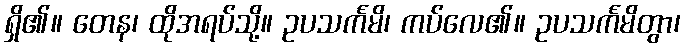
ရှိ၏။ တေန၊ ထိုအရပ်သို့။ ဥပသင်္ကမိ၊ ကပ်လေ၏။ ဥပသင်္ကမိတွာ၊